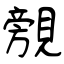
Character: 覫